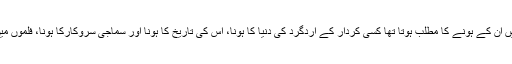
تھیٹر سے الگ فلموں میں ان کے ہونے کا مطلب ہوتا تھا کسی کردار کے اردگرد کی دنیا کا ہونا، اس کی تاریخ کا ہونا اور سماجی سروکارکا ہونا، فلموں میں یہی ان کا سرمایہ تھا۔